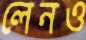
লেনও